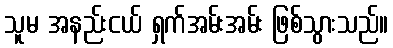
သူမ အနည်းငယ် ရှက်အမ်းအမ်း ဖြစ်သွားသည်။